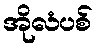
အိုလံပစ်